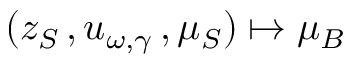
( z _ { S } \, , u _ { \omega , \gamma } \, , \mu _ { S } ) \mapsto \mu _ { B }